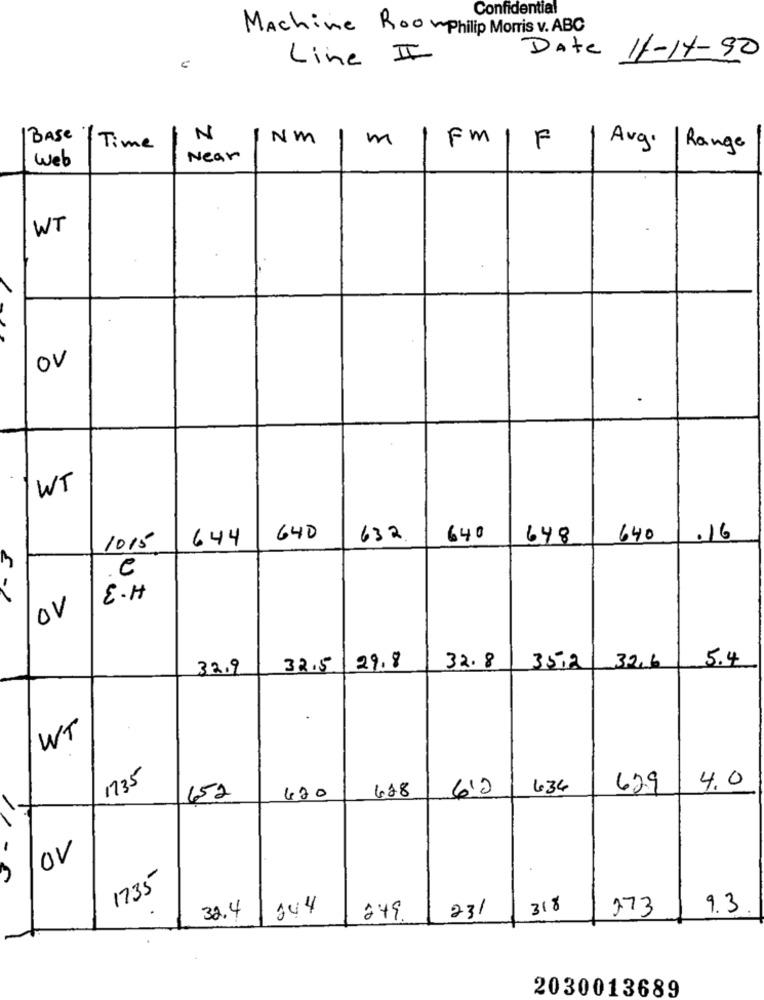
Confidential
Machine Roomphilip Morris v. ABC
Line II
Date 11-14-90
IBASE
N
NM
m
Time
Fm1
F
Avg .
/ Range
Web
Near
WT
OV
WT
644
640
632
640
648
640
.16
1015
. C
E.H
ov
5.4
32.9
32.5
29.8
32.8
35,2
32,6
.
WT
1735
4.0
628
6'0
634
62.9
152
420
OV
1735
30.4/144
318
273
9.3
249
231
2030013689